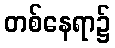
တစ်နေရာ၌